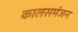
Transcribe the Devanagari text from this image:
कालसमंजन